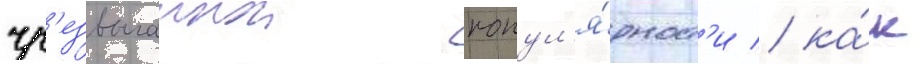
чр'езвычаинои попул'я́рност'и / ка́к